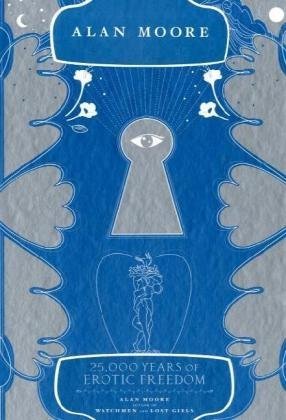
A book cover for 25,000 Years of Erotic Freedom; Alan Moore; Arts & Photography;